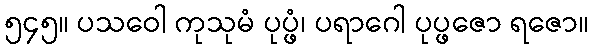
၅၄၅။ ပသဝေါ ကုသုမံ ပုပ္ဖံ၊ ပရာဂေါ ပုပ္ဖဇော ရဇော။